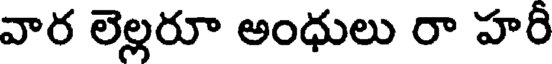
వార లెల్లరూ అంధులు రా హరి